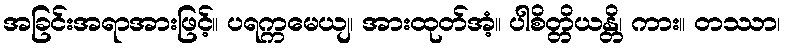
အခြင်းအရာအားဖြင့်။ ပရက္ကမေယျ၊ အားထုတ်အံ့။ ပါစိတ္တိယန္တိ၊ ကား။ တဿာ၊